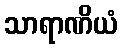
သာရာဏိယံ